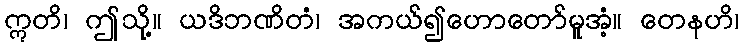
ဣတိ၊ ဤသို့။ ယဒိဘဏိတံ၊ အကယ်၍ဟောတော်မူအံ့။ တေနဟိ၊